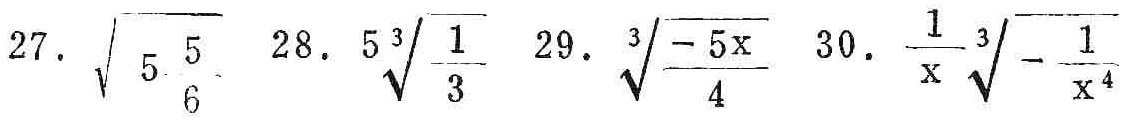
27. $\sqrt{5\frac{5}{6}}$  28. $5\sqrt[3]{\frac{1}{3}}$  29. $\sqrt[3]{\frac{-5x}{4}}$  30. $\frac{1}{x}\sqrt[3]{-\frac{1}{x^{4}}}$